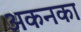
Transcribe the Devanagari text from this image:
अकनका